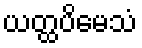
ယတ္ထပိမေသံ